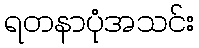
ရတနာပုံအသင်း